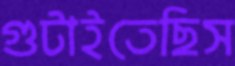
গুটাইতেছিস